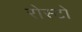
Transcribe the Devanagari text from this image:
रोस्टो